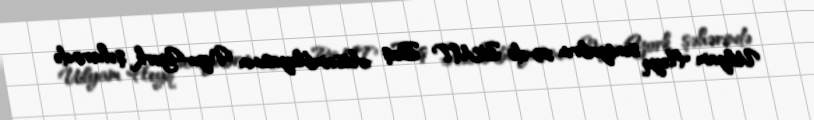
Uilyam Heyq sentyabrın 23-də BMT Baş Assambleyasının Nyu-York şəhərində